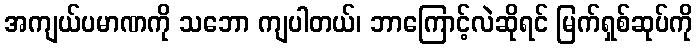
အကျယ်ပမာဏကို သဘော ကျပါတယ်၊ ဘာကြောင့်လဲဆိုရင် မြက်ရှစ်ဆုပ်ကို